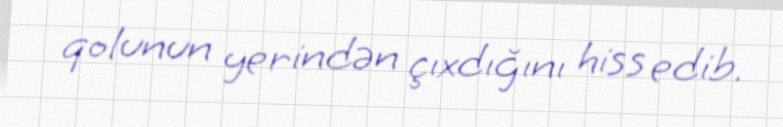
qolunun yerindən çıxdığını hiss edib.